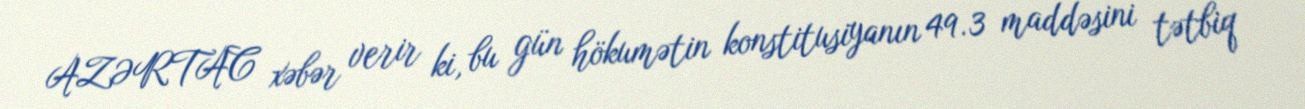
AZƏRTAC xəbər verir ki, bu gün hökumətin konstitusiyanın 49.3 maddəsini tətbiq